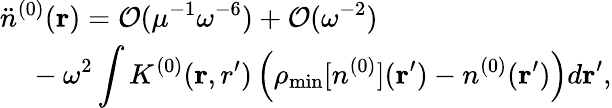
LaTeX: \begin{array}{l}{{\displaystyle{\ddot{n}}^{(0)}({\mathbf r})={\cal O}(\mu^{-1}\omega^{-6})+{\cal O}(\omega^{-2})}\ ~}\\ {{\displaystyle~~~~-\omega^{2}\int K^{(0)}({\mathbf r,r^{\prime}})\left(\rho_{\mathrm{min}}[n^{(0)}]({\mathbf r^{\prime}})-n^{(0)}({\mathbf r^{\prime}})\right)d{\mathbf r^{\prime}}},}\end{array}